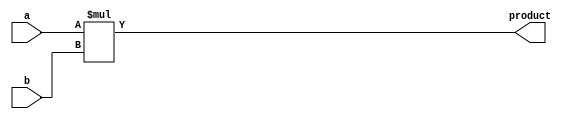
`timescale 1ns / 1ps

module Multiplier(

    input  signed [7:0]  a,
    input  signed [7:0]  b,
    output signed [15:0] product
    
);

    assign product = a * b;
    
endmodule